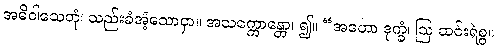
အဓိဝါသေတုံ၊ သည်းခံအံ့သောငှာ။ အသက္ကောန္တော၊ ၍။ “အဟော ဒုက္ခံ၊ ဩ ဆင်းရဲစွ။